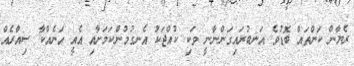
ރެޔާން ކަންތައް ބޮޑުވެ އަނބުރައިގަންނާނީ ވަކި ކުއްޖަކު އެނގުމުންކަމަށާއި އެއީ އަނެއްކާ ސިއްރެއް